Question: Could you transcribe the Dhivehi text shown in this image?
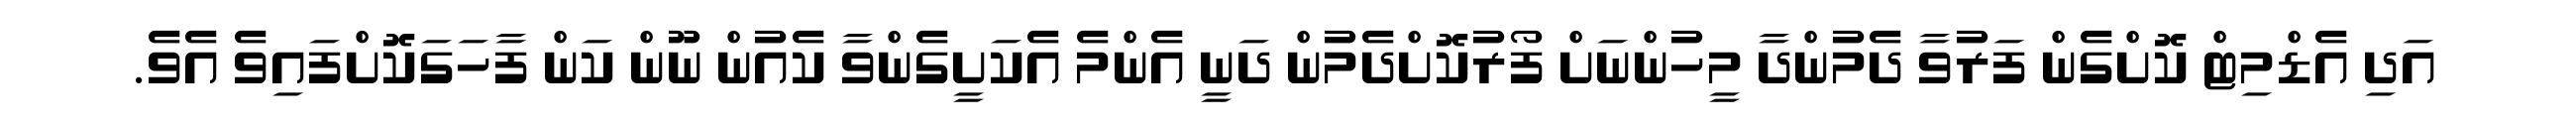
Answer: އަދި އެޑްމިޓް ކޮށްގެން ފަރުވާ ދެމުންދާ މީހުންނަށް ފޯރުކޮށްދެމުން ދަނީ އެންމެ އެކަށީގެންވާ ކެއުން ނޫން ކަން ފާހަގަކޮށްފައިވެ އެވެ.